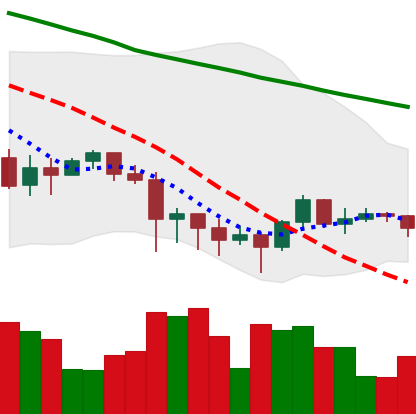
Ticker: XRP-USD
Chart end date: 2022-01-17
Forward return: -21.855%
Label: down_7plus